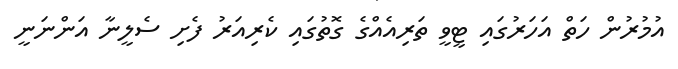
އުމުރުން ހަތް އަހަރުގައި ޓީވީ ތަރިއެއްގެ ގޮތުގައި ކެރިއަރު ފެށި ސެލީނާ އަންނަނީ